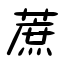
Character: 蔗